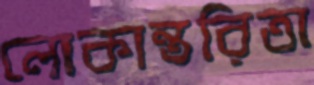
লোকান্তরিতা